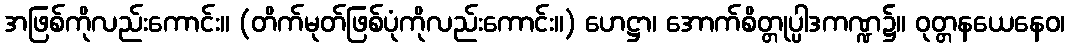
အဖြစ်ကိုလည်းကောင်း။ (တိက်မုတ်ဖြစ်ပုံကိုလည်းကောင်း။) ဟေဋ္ဌာ၊ အောက်စိတ္တုပ္ပါဒကဏ္ဍ၌။ ဝုတ္တနယေနေဝ၊